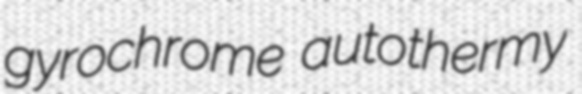
gyrochrome autothermy